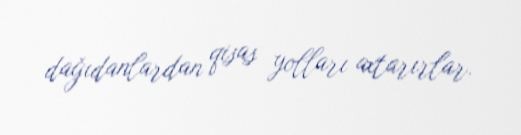
dağıdanlardan qisas yolları axtarırlar.